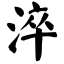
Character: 淬